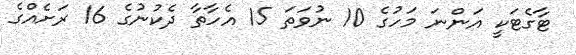
ޓާގެޓަކީ އަންނަ މަހުގެ 10 ނުވަތަ 15 އެހާތާ ދެކުނުގެ 16 ރަށެއްގެ